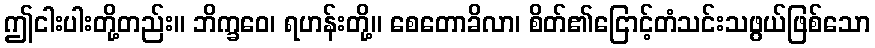
ဤငါးပါးတို့တည်း။ ဘိက္ခဝေ၊ ရဟန်းတို့။ စေတောခိလာ၊ စိတ်၏ငြောင့်တံသင်းသဖွယ်ဖြစ်သော